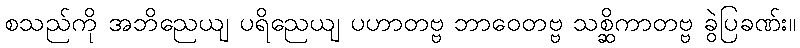
စသည်ကို အဘိညေယျ ပရိညေယျ ပဟာတဗ္ဗ ဘာဝေတဗ္ဗ သစ္ဆိကာတဗ္ဗ ခွဲပြခဏ်း။